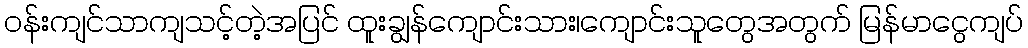
ဝန်းကျင်သာကျသင့်တဲ့အပြင် ထူးချွန်ကျောင်းသား၊ကျောင်းသူတွေအတွက် မြန်မာငွေကျပ်